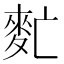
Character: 𪌁